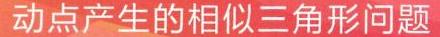
动点产生的相似三角形问题